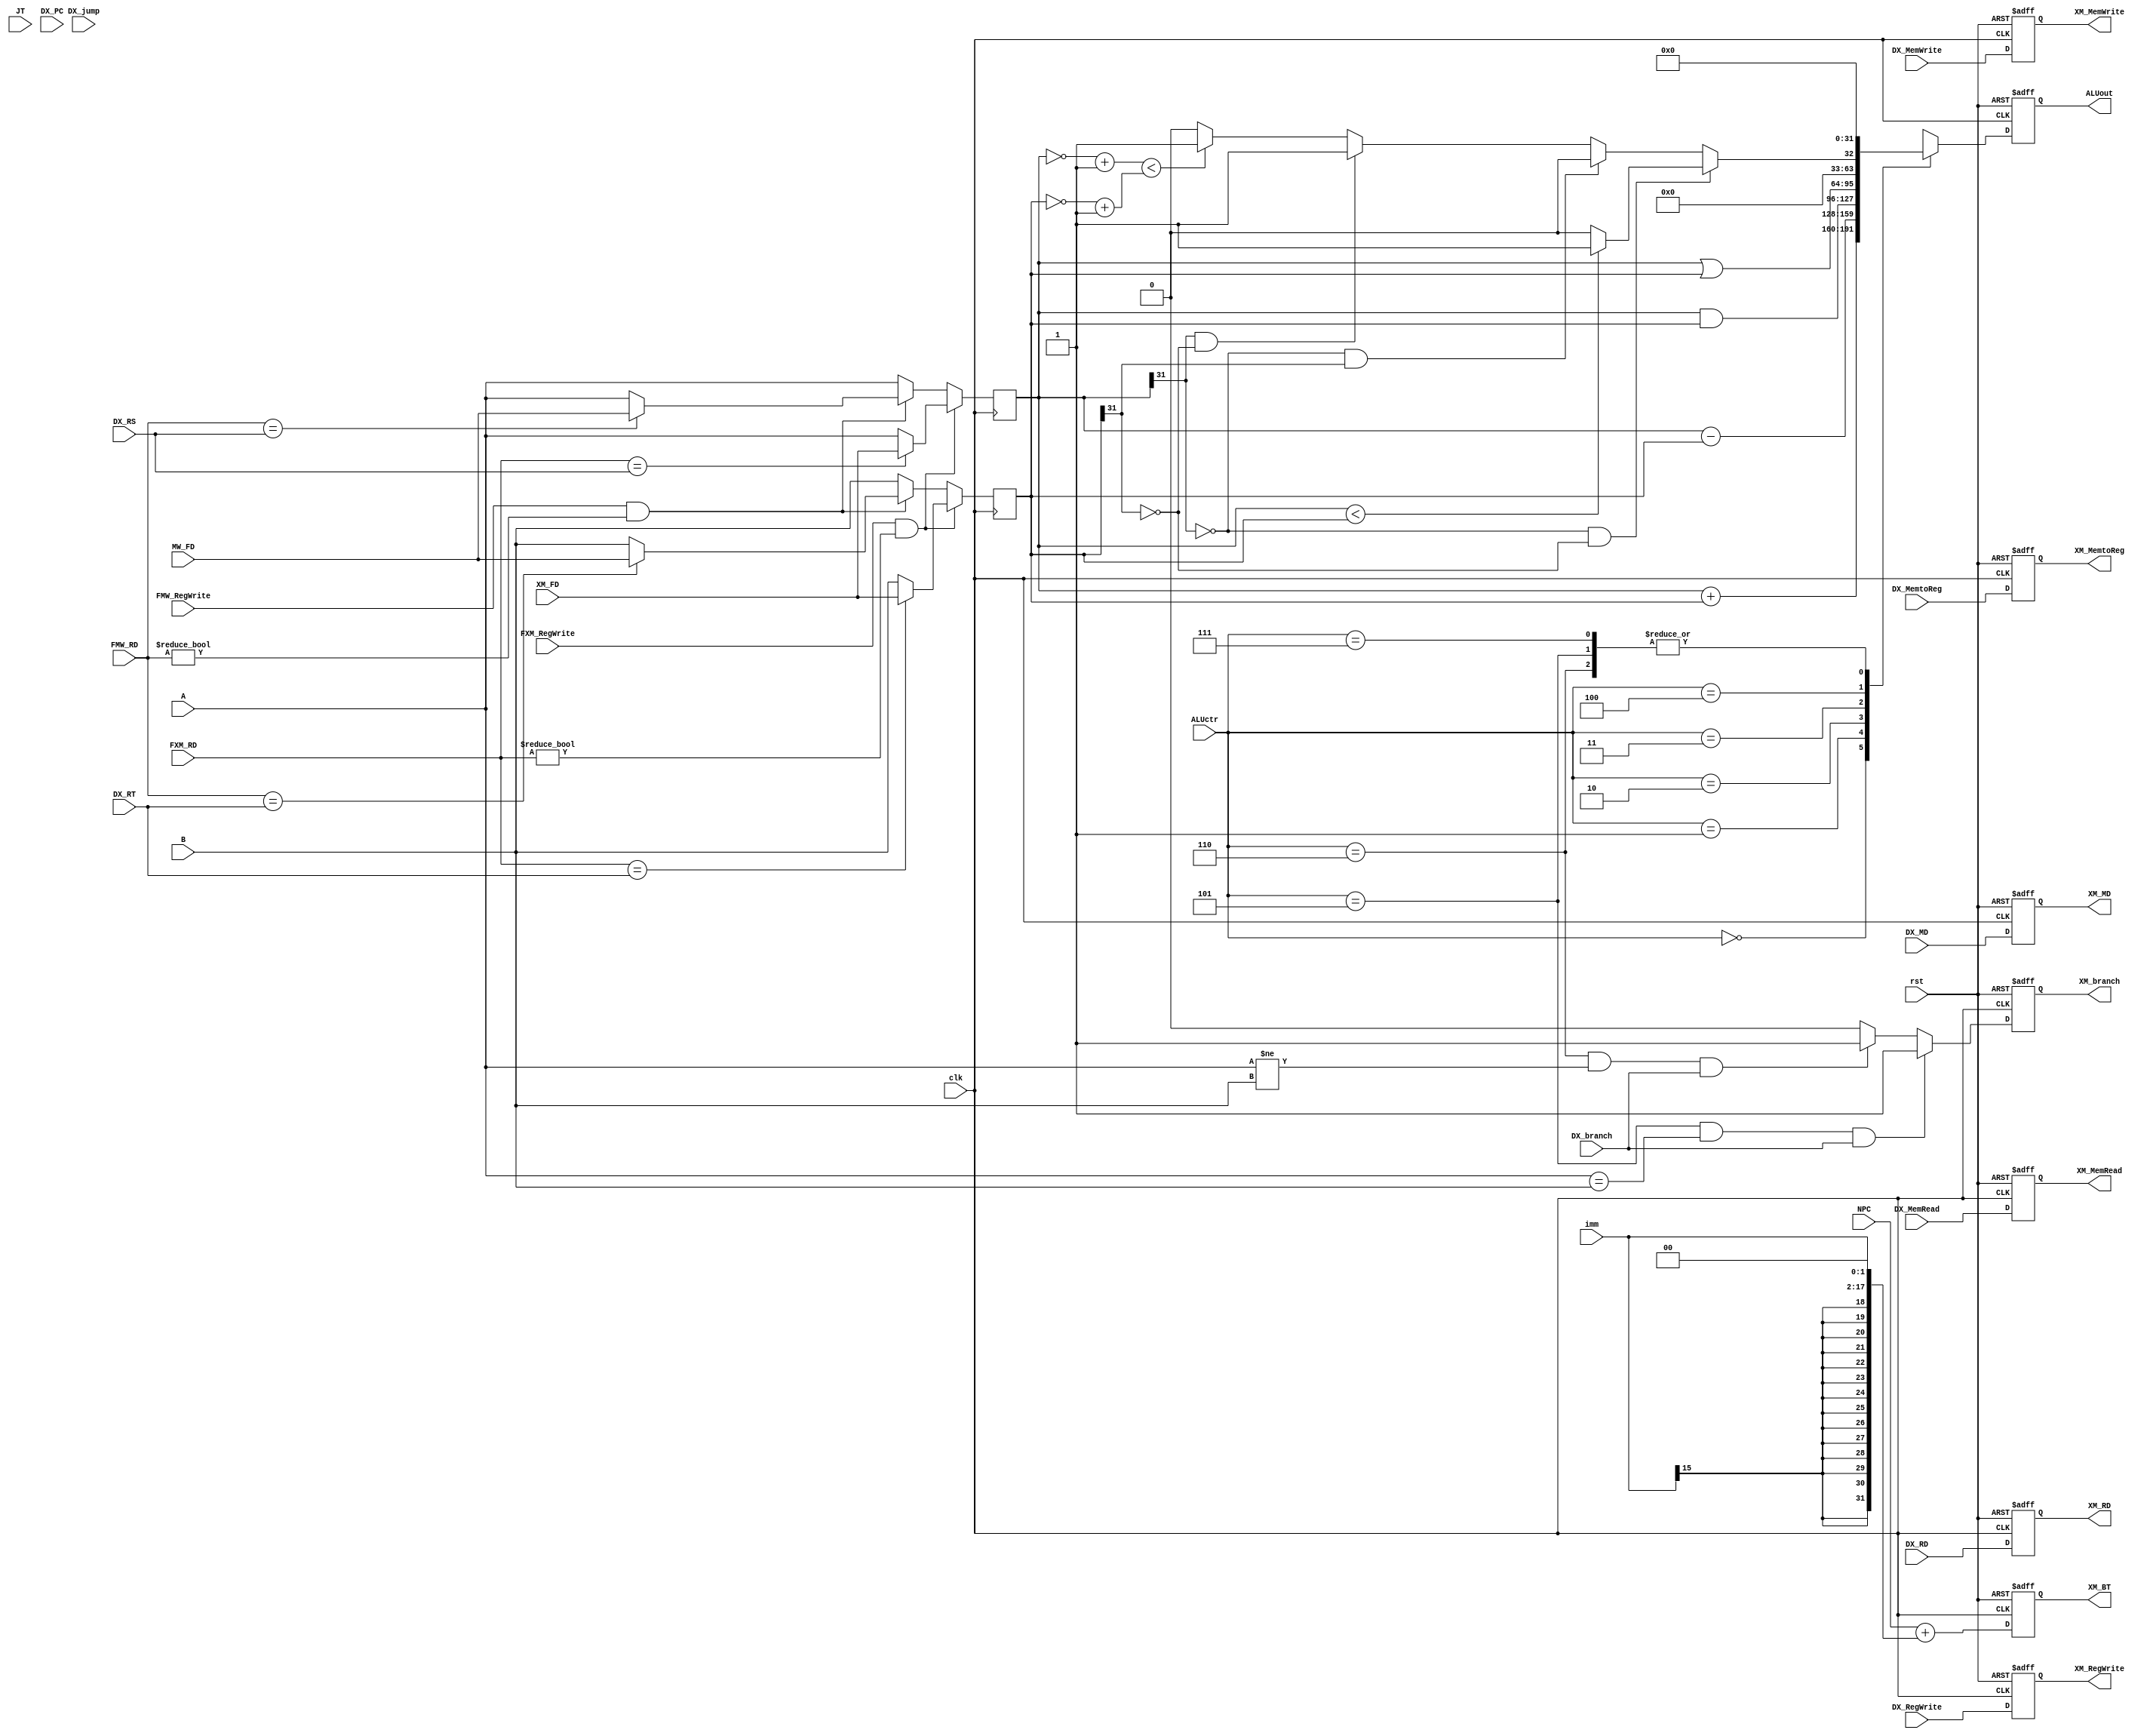
`timescale 1ns/1ps

module EXECUTION(
	clk,
	rst,
	DX_MemtoReg,
	DX_RegWrite,
	DX_MemRead,
	DX_MemWrite,
	DX_branch,
	ALUctr,
	NPC,
	A,
	B,
	imm,
	DX_RD,
	DX_MD,
	
	JT,
	DX_PC,
	DX_jump,

	XM_FD,
	MW_FD,
	FXM_RD,
	FMW_RD,
	FXM_RegWrite,
	FMW_RegWrite,
	DX_RS,
	DX_RT,

	XM_MemtoReg,
	XM_RegWrite,
	XM_MemRead,
	XM_MemWrite,
	XM_branch,
	ALUout,
	XM_RD,
	XM_MD,
	XM_BT
);

input clk, rst, DX_MemtoReg, DX_RegWrite, DX_MemRead, DX_MemWrite, DX_branch, DX_jump;
input [2:0] ALUctr;
input [31:0]JT, DX_PC, NPC, A, B;
input [15:0]imm;
input [4:0] DX_RD;
input [31:0] DX_MD;

// Forwarding
input FXM_RegWrite, FMW_RegWrite;
input [4:0] FXM_RD, FMW_RD, DX_RS, DX_RT;
input [31:0] XM_FD, MW_FD;	// forwarding ALUout
reg [31:0] tmpA, tmpB;

output reg XM_MemtoReg, XM_RegWrite, XM_MemRead, XM_MemWrite, XM_branch;
output reg [31:0]ALUout, XM_BT;
output reg [4:0] XM_RD;
output reg [31:0] XM_MD;

//set pipeline register
always @(posedge clk or posedge rst)
begin
	if(rst) begin //
		XM_MemtoReg	<= 1'b0;
		XM_RegWrite	<= 1'b0;
		XM_MemRead 	<= 1'b0;
		XM_MemWrite	<= 1'b0;
		XM_RD 	   	<= 5'b0;
		XM_MD 	   	<= 32'b0;
		XM_branch	<= 1'b0;
		XM_BT		<= 32'b0;
	end else begin
		XM_MemtoReg	<= DX_MemtoReg;
		XM_RegWrite	<= DX_RegWrite;
		XM_MemRead 	<= DX_MemRead;
		XM_MemWrite	<= DX_MemWrite;
		XM_RD 	   	<= DX_RD;
		XM_MD 	   	<= DX_MD;
	    XM_branch<=((ALUctr==5) && (A == B) && (DX_branch))? 1'b1: ((ALUctr==6) && (A != B) && (DX_branch))?1'b1:1'b0;
		XM_BT<=NPC+{ { 15{imm[15]}}, imm, 2'b0};  //Branch Target = PC +  (EX. beq)
		//beq"execution"ALUout0
	end
end

// forwarding unit
always @(posedge clk)
begin
	if(FXM_RegWrite && FXM_RD != 5'd0) begin
		tmpA = FXM_RD == DX_RS ? XM_FD : A;
		tmpB = FXM_RD == DX_RT ? XM_FD : B;
	end else if(FMW_RegWrite && FMW_RD != 5'd0) begin
		tmpA = FMW_RD == DX_RS ? MW_FD : A;
		tmpB = FMW_RD == DX_RT ? MW_FD : B;
	end else begin
		tmpA = A;
		tmpB = B;
	end
end

always @(posedge clk or posedge rst)
begin
   if(rst) begin
   		ALUout <= 32'b0;
   end else begin
		// forwarding
   		case(ALUctr)
		  	3'd0: //add / lw ...  //ID?
		     	ALUout <= tmpA + tmpB;
			3'd1: //sub
				ALUout <= tmpA - tmpB;
			3'd2: //and
				ALUout <= tmpA & tmpB;
			3'd3: //or
				ALUout <= tmpA | tmpB;
			3'd4: begin //slt
				if (tmpA[31] == 1'b0 && tmpB[31] == 1'b0)
					ALUout <= tmpA < tmpB ? 32'd1 : 32'd0;
				else if (tmpA[31] == 1'b0 && tmpB[31] == 1'b1)
					ALUout <= 32'd0;
				else if (tmpA[31] == 1'b1 && tmpB[31] == 1'b0)
					ALUout <= 32'd1;
				else
					ALUout <= ~tmpA + 1'b1 < ~tmpB + 1'b1 ? 32'd1 : 32'd0;
			end
			3'd5:
				ALUout <= 32'b0;
			3'd6:
				ALUout <= 32'b0;
			3'd7:
				ALUout <= 32'b0;


		endcase
   end
end


endmodule